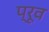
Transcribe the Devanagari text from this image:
प्रूव